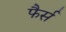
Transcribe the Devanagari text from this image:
फैर्स